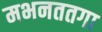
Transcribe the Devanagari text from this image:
मभनततगा